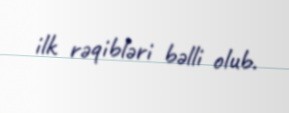
ilk rəqibləri bəlli olub.